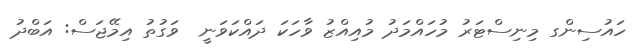
ހައުސިންގ މިނިސްޓަރު މުހައްމަދު މުއިއްޒު ވާހަކަ ދައްކަވަނީ  ވަގުތު އިމޭޖަސް: އަބްދު